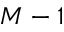
M - 1